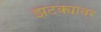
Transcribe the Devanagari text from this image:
झटक्यावर